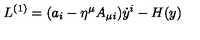
L ^ { ( 1 ) } = ( a _ { i } - \eta ^ { \mu } A _ { \mu i } ) \dot { y } ^ { i } - H ( y )